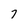
Character: 7